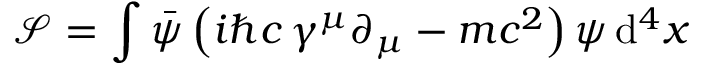
{ \mathcal { S } } = \int { \bar { \psi } } \left( i \hbar c \, \gamma ^ { \mu } \partial _ { \mu } - m c ^ { 2 } \right) \psi \, \mathrm { d } ^ { 4 } x